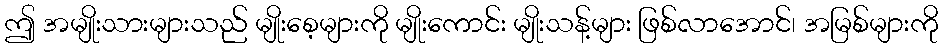
ဤ အမျိုးသားများသည် မျိုးစေ့များကို မျိုးကောင်း မျိုးသန့်များ ဖြစ်လာအောင်၊ အမြစ်များကို